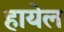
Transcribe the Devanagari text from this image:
हायेल